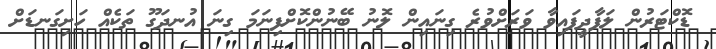
ޑޮކްޓަރުން ލަފާދީފައިވާ ވަރަށްވުރެ ގިނައިން ލޮނު ބޭނުންކޮށްފިނަމަ ގިނަ އުނދަގޫ ތަކެއް ހަށިގަނޑަށް